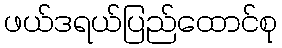
ဖယ်ဒရယ်ပြည်ထောင်စု